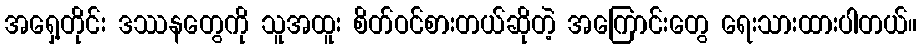
အရှေ့တိုင်း ဒဿနတွေကို သူအထူး စိတ်ဝင်စားတယ်ဆိုတဲ့ အကြောင်းတွေ ရေးသားထားပါတယ်။